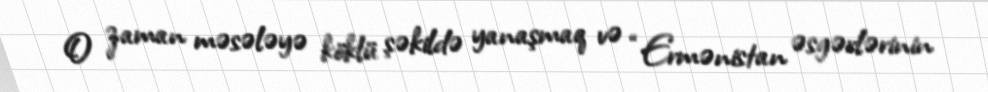
O zaman məsələyə köklü şəkildə yanaşmaq və “Ermənistan əsgərlərinin